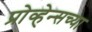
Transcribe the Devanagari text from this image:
प्रोव्हेन्सच्या